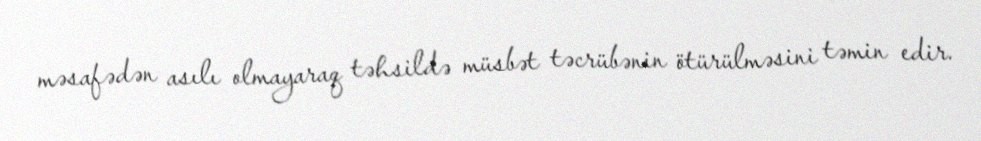
məsafədən asılı olmayaraq təhsildə müsbət təcrübənin ötürülməsini təmin edir.